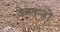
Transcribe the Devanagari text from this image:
वेबतन्त्रों